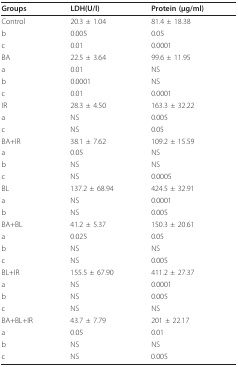
| Groups | LDH(U/l) | Protein (μg/ml) |
 | --- | --- | --- |
 | Control | 20.3 ± 1.04 | 81.4 ± 18.38 |
 | b | 0.005 | 0.05 |
 | c | 0.01 | 0.0001 |
 | BA | 22.5 ± 3.64 | 99.6 ± 11.95 |
 | a | 0.01 | NS |
 | b | 0.0001 | NS |
 | c | 0.01 | 0.0001 |
 | IR | 28.3 ± 4.50 | 163.3 ± 32.22 |
 | a | NS | 0.005 |
 | c | NS | 0.05 |
 | BA+IR | 38.1 ± 7.62 | 109.2 ± 15.59 |
 | a | 0.05 | NS |
 | b | NS | NS |
 | c | NS | 0.0005 |
 | BL | 137.2 ± 68.94 | 424.5 ± 32.91 |
 | a | NS | 0.0001 |
 | b | NS | 0.005 |
 | BA+BL | 41.2 ± 5.37 | 150.3 ± 20.61 |
 | a | 0.025 | 0.05 |
 | b | NS | NS |
 | c | NS | 0.005 |
 | BL+IR | 155.5 ± 67.90 | 411.2 ± 27.37 |
 | a | NS | 0.0001 |
 | b | NS | 0.005 |
 | c | NS | NS |
 | BA+BL+IR | 43.7 ± 7.79 | 201 ± 22.17 |
 | a | 0.05 | 0.01 |
 | b | NS | NS |
 | c | NS | 0.005 |